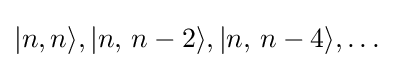
|n,n\rangle ,|n,\,n-2\rangle ,|n,\,n-4\rangle ,\dots